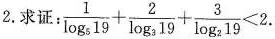
2.求证: $$\frac{1}{og_{5}19}+\frac{2}{ \log _{3}19}+ \frac{3}{ \log _{2}19}<2$$.